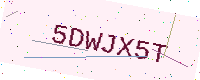
Text: 5DWJX5T